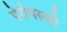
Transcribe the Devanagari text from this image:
पेरोवस्की